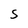
Character: S